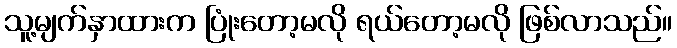
သူ့မျက်နှာထားက ပြုံးတော့မလို ရယ်တော့မလို ဖြစ်လာသည်။